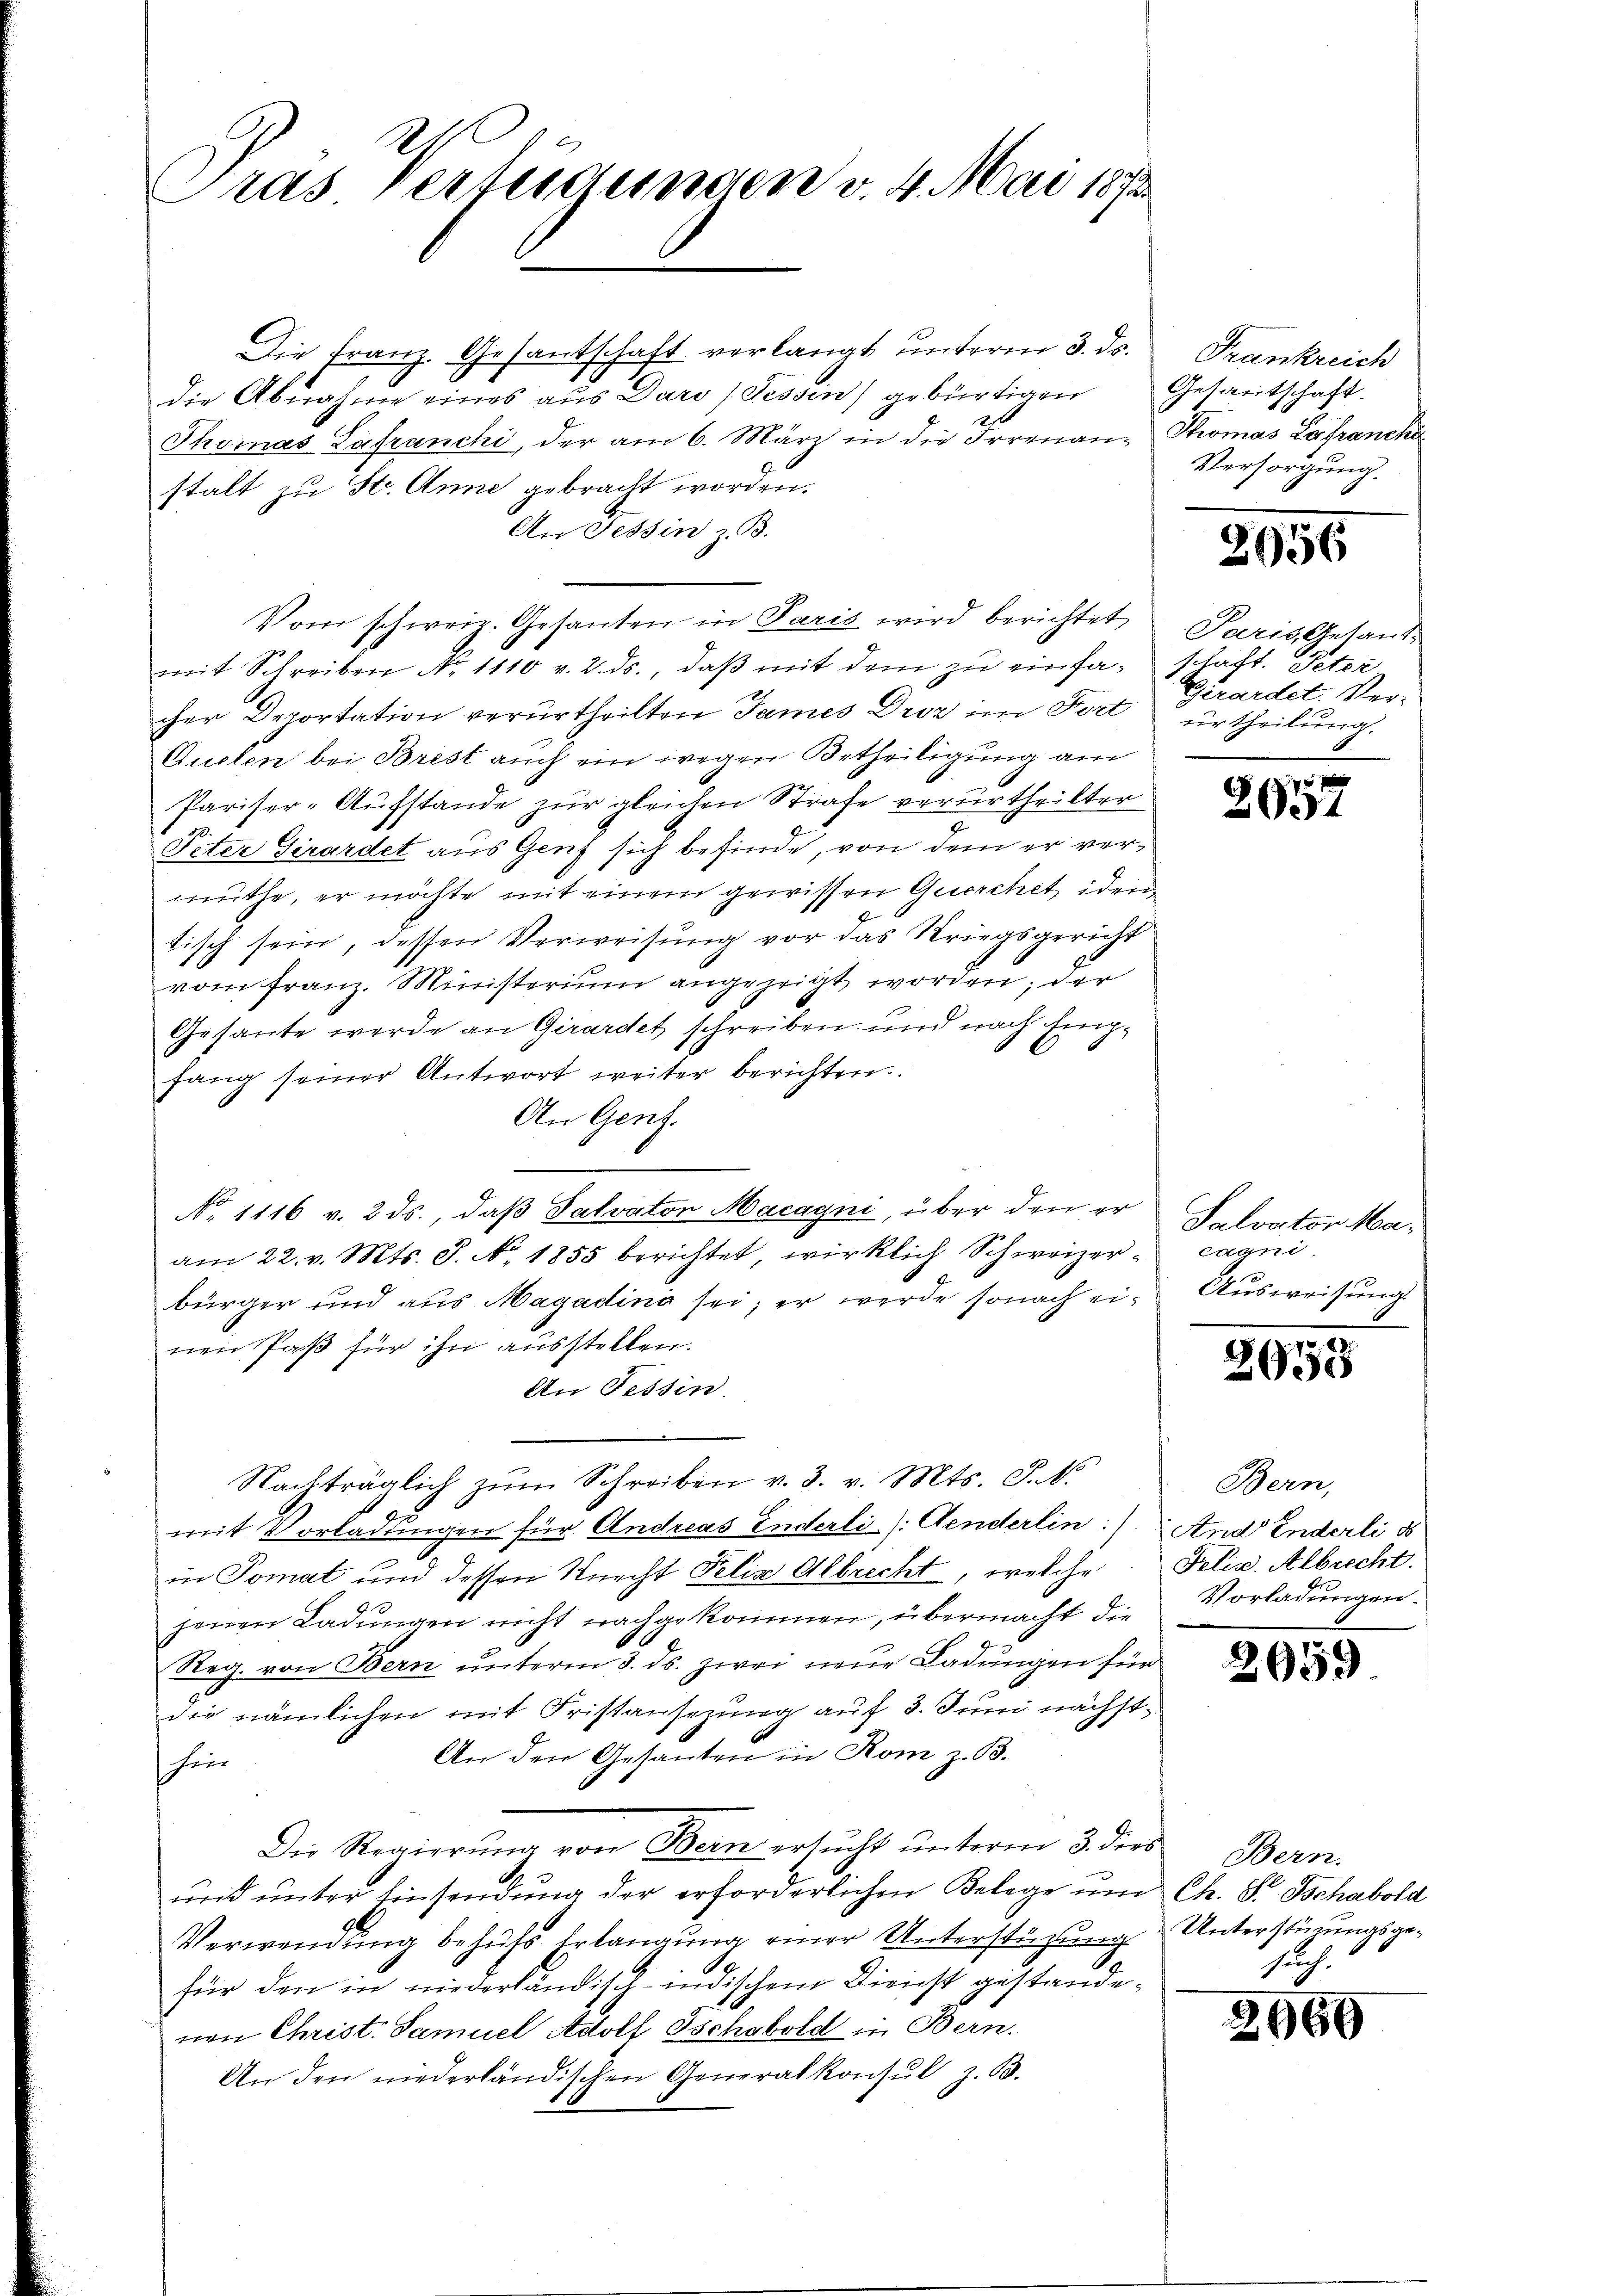
Gras Verfügungen v. 4. Mai 1872

Die Franz. Gesantschaft verlangt unterm 3. ds.
die Abnahme eines aŭs Daro (Tessin) gebürtigen Gesantschaft.
Thomas Lafranchi, der am 6. März in die Frenan-Thomas Lafranche
stalt zu Str. Anne gebracht worden.
An Tessin z. B.
Vom schweiz. Gesanten in Paris wird berichtet Paris, Gesandmit Schreiben No 1110 v. 2. ds., daβ mit dem zu einfa- schaft. Peter
cher Deportation verurtheilten James Droz im Für Girardet. Ver¬
Guelen bei Brest auch ein wegen Betheiligung am
Pariser-Aufstande zur gleichen Strafe verurtheilter
Peter Girardet aus Genf sich befinde, von dem er vermüthe, er möchte mit einem gewissen Querchet idem
tisch sein, dessen Verweisung vor das Kriegsgericht
vom Franz. Ministerium angezeigt worden, der
Gesante werde an Girardet schreiben und nach Eingfang seiner Antwort weiter berichten
An Genz.
No. 1116 v. 2 ds., daß Salvaton Macagni, über den er
am 22. v. Mts. J. No. 1855 berichtet, wirklich Schweizerbürger und aus Magadini sei; er werde sonach einen Paß für ihn ausstellen.
An Tessin.
Nachträglich zŭm Schreiben v. 3. v. Mts. S. S.
A
mit Vorladungen für Andreas Enderli (Aenderlin:) And Enderli d
in Tomat und dessen Knecht Felia Albrecht, welche Felia. Albrecht.
jenen Ladungen nicht nachgekommen, übermacht die
Reg. von Bern unterm 3. ds. zwei neue Ladungen für
die nämlichen mit Fristansezung auf 3. Juni nächst¬
An den Gesanten in Rom z. B.
heur
Die Regierŭng von Bern ersŭcht ŭnterm 3. dies Bern.
ŭnd ŭnter Einsendung der erforderlichen Belege um Ch. St. Schabola
Verwendung behŭfs Erlangung einer Unterstüzung Unterstörungsgefür den in niederländisch-indischem Dienst gestandenen Christ. Samuel Adolf Tschobold in Bern.
An den niederländischen Generalkonsul z. B.

Frankreich
Versorgung.

uurtheilung.

2956

15 x
2031

Salvator Macagni
Ausweisung

e
2950

Bern,
Vorladungen.

2959

such.

2666